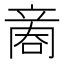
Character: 𠹧